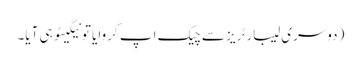
(دوسری لیبارٹریز سے چیک اپ کروایا تو نیگیٹو ہی آیا۔